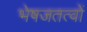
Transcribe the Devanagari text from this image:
भेषजतत्वों